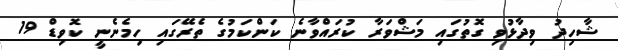
ޝާހިދު ވިދާޅުވި ގޮތުގައި މަޝްވަރާ ކުރައްވާނެ ކަންކަމުގެ ތެރޭގައި ހިމެނެނީ ކޮވިޑް 19